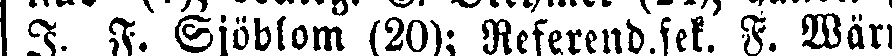
I. F. Sjöblom (20); Referend.sek. F. Vär